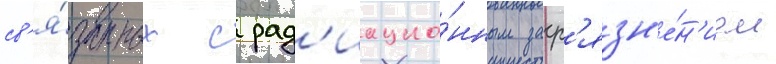
св'я́занных с рад'иацио́нным загр'язн'е́н'ием